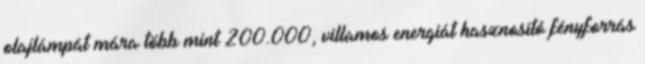
olajlámpát mára több mint 200.000, villamos energiát hasznosító fényforrás